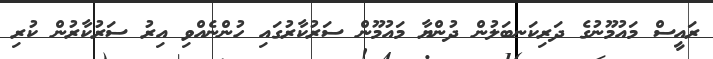
ރައީސް މައުމޫނުގެ ދަރިކަނބަލުން ދުންޔާ މައުމޫން ސަރުކާރުގައި ހުންނެއްވި އިރު ސަރުކާރުން ކުރި